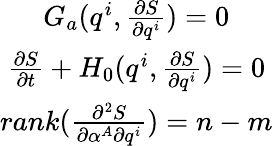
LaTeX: \begin{array}{c}{G_{a}(q^{i},\frac{\partial S}{\partial q^{i}})=0}\\ {\frac{\partial S}{\partial t}+H_{0}(q^{i},\frac{\partial S}{\partial q^{i}})=0}\\ {rank(\frac{\partial^{2}S}{\partial\alpha^{A}\partial q^{i}})=n-m}\end{array}